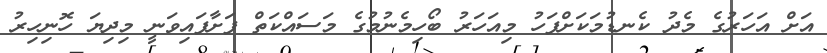
އަށް އަހަރުގެ މެދު ކެނޑުމަކަށްފަހު މިއަހަރު ބޯހިމެނުމުގެ މަސައްކަތް ފަށާފައިވަނީ މިދިޔަ ހޮނިހިރު